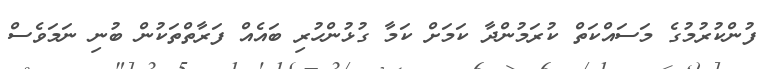
ފުންކުރުމުގެ މަސައްކަތް ކުރަމުންދާ ކަމަށް ކަމާ ގުޅުންހުރި ބައެއް ފަރާތްތަކުން ބުނި ނަމަވެސް